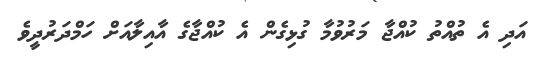
އަދި އެ ތުއްތު ކުއްޖާ މަރުވުމާ ގުޅިގެން އެ ކުއްޖާގެ އާއިލާއަށް ހަމްދަރުދީވެ